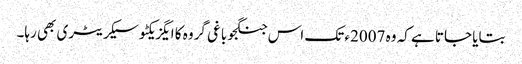
بتایا جاتا ہے کہ وہ 2007ء تک اس جنگجو باغی گروہ کا ایگزیکٹو سیکریٹری بھی رہا۔